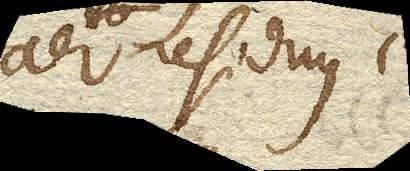
aer residuus e